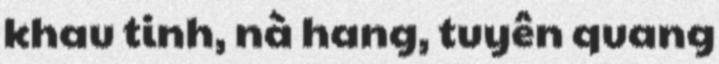
khau tinh, nà hang, tuyên quang